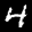
Label: 4